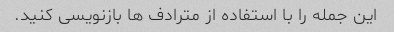
این جمله را با استفاده از مترادف ها بازنویسی کنید.